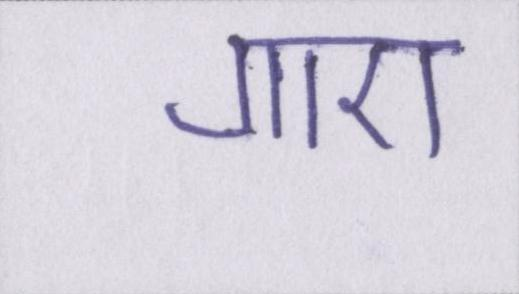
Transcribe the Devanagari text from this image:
गाए